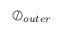
\oslash _ { o u t e r }